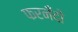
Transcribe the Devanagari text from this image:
फरनँदो